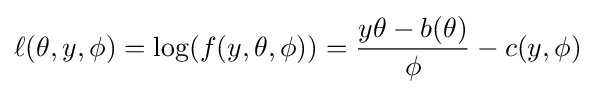
\ell (\theta ,y,\phi )=\log(f(y,\theta ,\phi ))={\frac {y\theta -b(\theta )}{\phi }}-c(y,\phi )